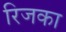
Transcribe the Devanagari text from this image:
रिजका